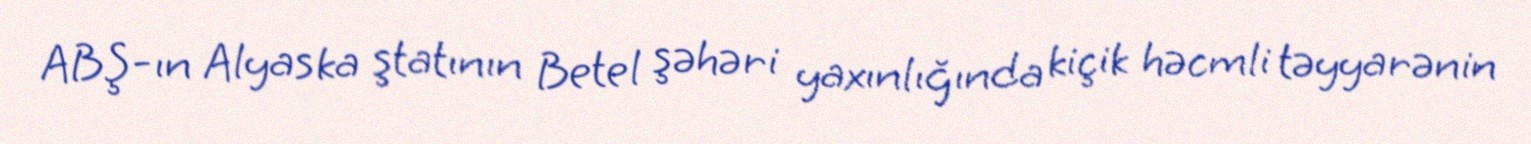
ABŞ-ın Alyaska ştatının Betel şəhəri yaxınlığında kiçik həcmli təyyarənin